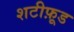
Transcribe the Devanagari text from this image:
शटीफ़ूड